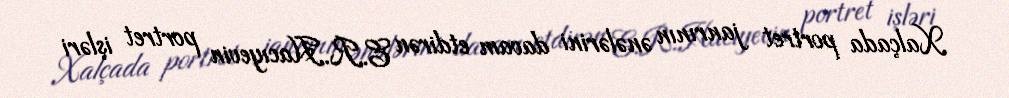
Xalçada portret janrının ənələrini davam etdirən E.R.Hacıyevin portret işləri